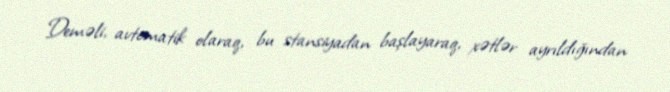
Deməli, avtomatik olaraq, bu stansiyadan başlayaraq, xətlər ayrıldığından